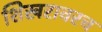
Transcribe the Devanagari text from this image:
शिखरावरच